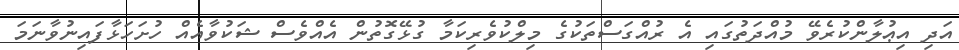
އަދި އިޢުލާންކުރެވޭ މުއްދަތުގައި އެ ރުއްގަސްތަކުގެ މިލްކުވެރިކަމާ ގުޅޭގޮތުން އެއްވެސް ޝަކުވާއެއް ހުށަހަޅާފައިނުވާނަމަ